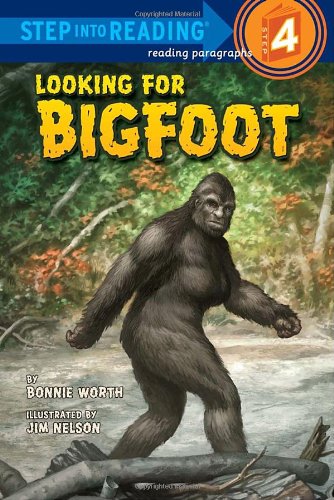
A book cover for Looking for Bigfoot (Step into Reading); Bonnie Worth; Children's Books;